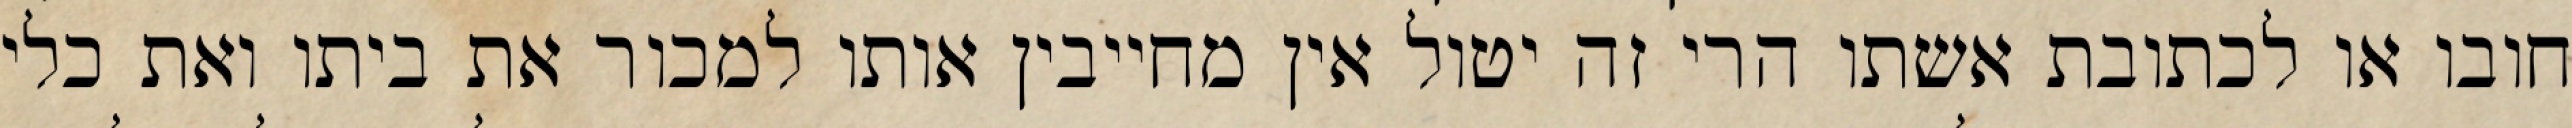
חובו או לכתובת אשתו הרי זה יטול אין מחייבין אותו למכור את ביתו ואת כלי